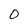
Character: O